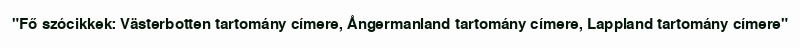
"Fő szócikkek: Västerbotten tartomány címere, Ångermanland tartomány címere, Lappland tartomány címere"